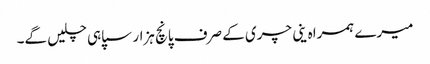
میرے ہمراہ ینی چری کے صرف پانچ ہزار سپاہی چلیں گے۔